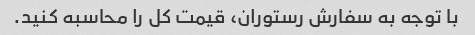
با توجه به سفارش رستوران، قیمت کل را محاسبه کنید.